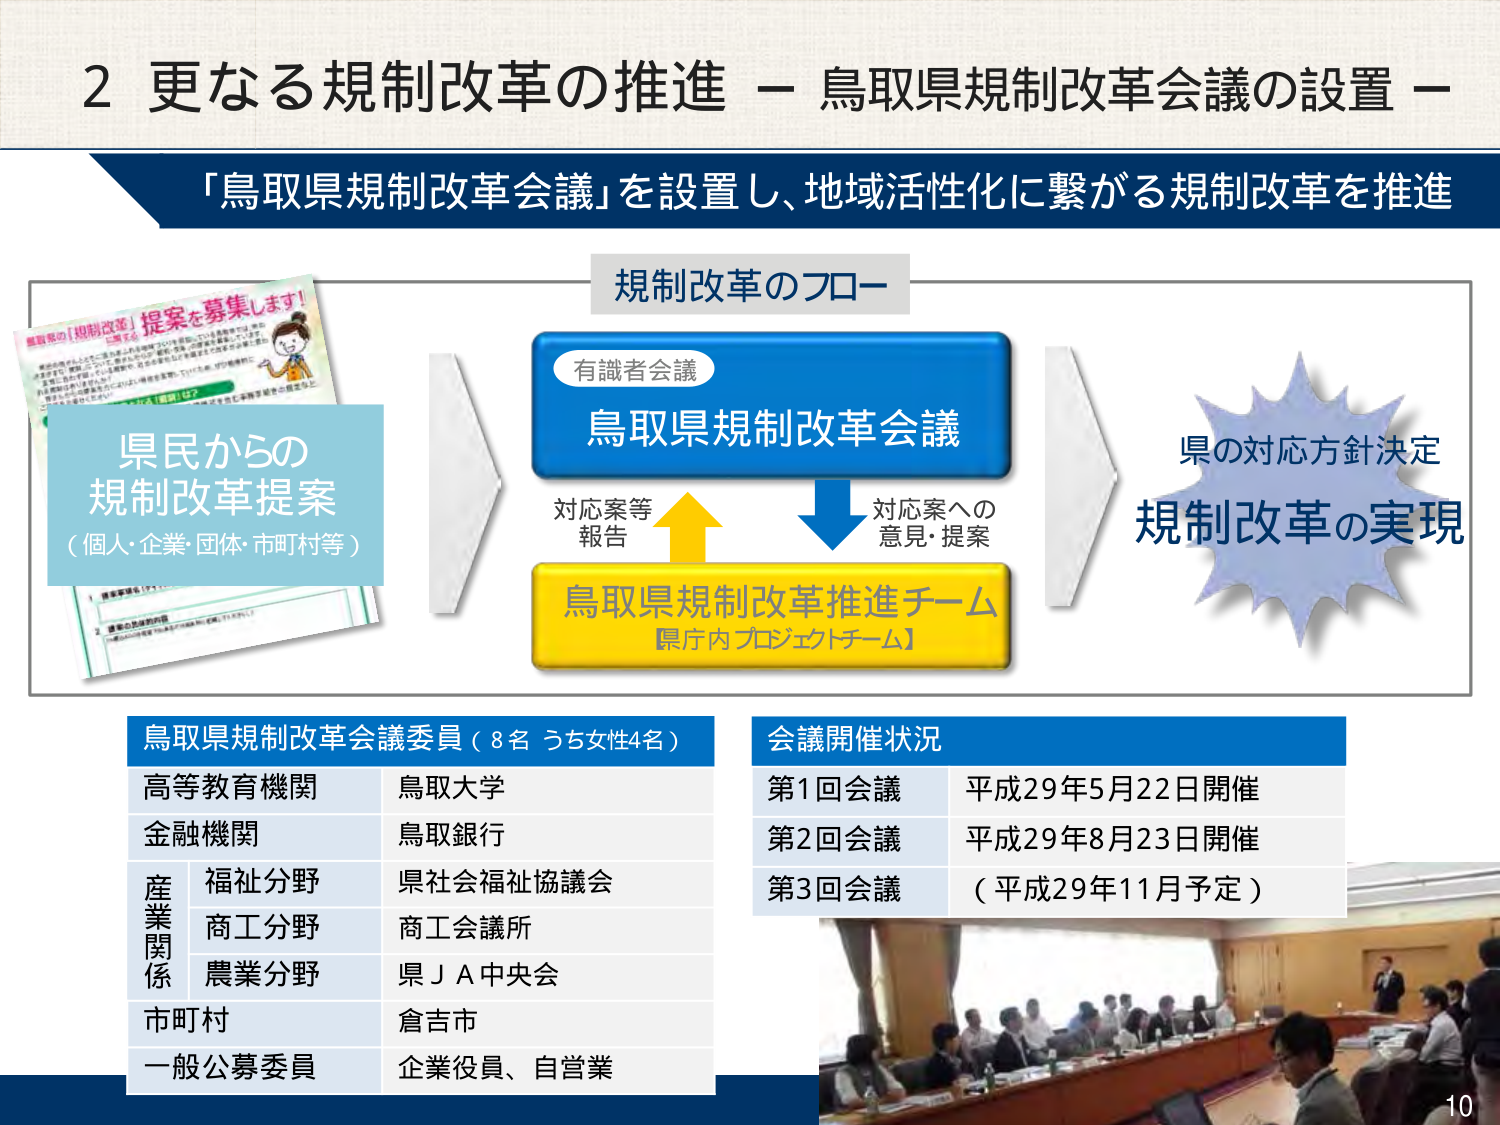
2 更なる規制改革の推進 － 鳥取県規制改革会議の設置 －
「鳥取県規制改革会議」を設置し、地域活性化に繋がる規制改革を推進

規制改革のフロー

県民からの
規制改革提案
（個人・企業・団体・市町村等）

有識者会議
鳥取県規制改革会議

対応案等
報告
↑
対応案への
意見・提案
↓
鳥取県規制改革推進チーム
【県庁内プロジェクトチーム】

県の対応方針決定
規制改革の実現

鳥取県規制改革会議委員（8名 うち女性4名）
高等教育機関　鳥取大学
金融機関　鳥取銀行
産業関係
　福祉分野　県社会福祉協議会
　商工分野　商工会議所
　農業分野　県ＪＡ中央会
市町村　倉吉市
一般公募委員　企業役員、自営業

会議開催状況
第1回会議　平成29年5月22日開催
第2回会議　平成29年8月23日開催
第3回会議　（平成29年11月予定）

10